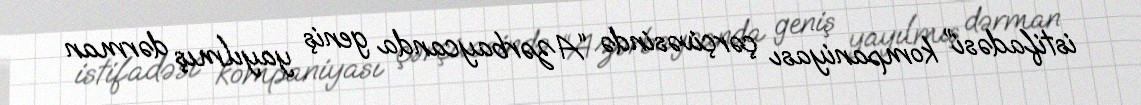
istifadəsi” kompaniyası çərçivəsində “Azərbaycanda geniş yayılmış dərman